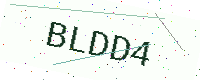
Text: BLDD4